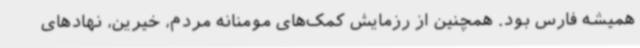
همیشه فارس بود. همچنین از رزمایش کمک‌های مومنانه مردم، خیرین، نهادهای